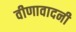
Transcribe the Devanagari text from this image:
वीणावादनी